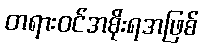
တရားဝင်အစိုးရအဖြစ်